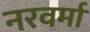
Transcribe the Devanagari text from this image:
नरवर्मा